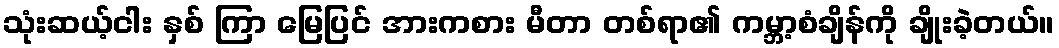
သုံးဆယ့်ငါး နှစ် ကြာ မြေပြင် အားကစား မီတာ တစ်ရာ၏ ကမ္ဘာ့စံချိန်ကို ချိုးခဲ့တယ်။